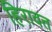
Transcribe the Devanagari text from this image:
हिरावत